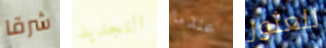
شرقا التجديد عندما للعثور